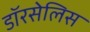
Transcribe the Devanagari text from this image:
डॉरसेलिस